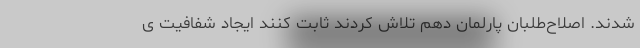
شدند. اصلاح‌طلبان پارلمان دهم تلاش کردند ثابت کنند ایجاد شفافیت ی